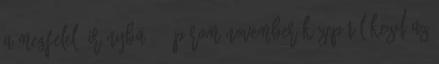
a megfelelő irányba. :- Párom November közepétől kezd az